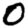
Digit: 0